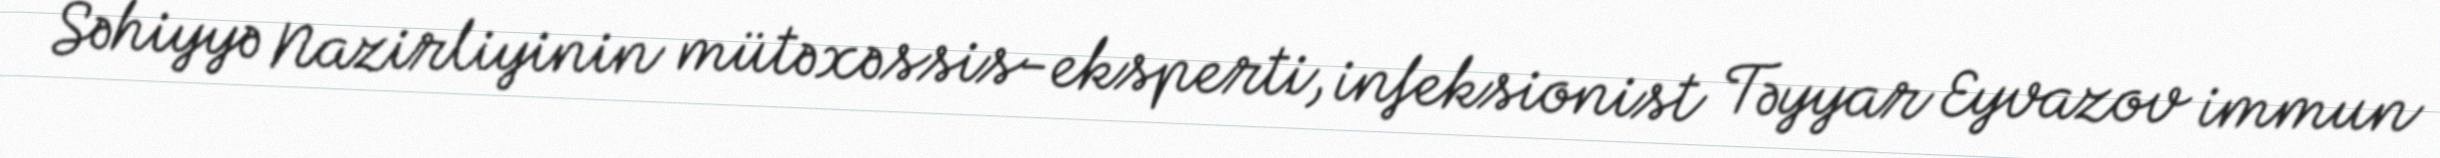
Səhiyyə Nazirliyinin mütəxəssis-eksperti, infeksionist Təyyar Eyvazov immun